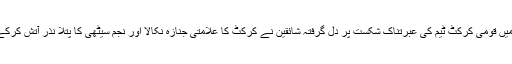
2015ء) ورلڈ کپ میں قومی کرکٹ ٹیم کی عبرتناک شکست پر دل گرفتہ شائقین نے کرکٹ کا علامتی جنازہ نکالا اور نجم سیٹھی کا پتلا نذر آتش کرکے اپنی بھڑاس نکالی۔